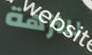
للنزهة